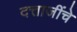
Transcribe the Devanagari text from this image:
दत्ताजींचे